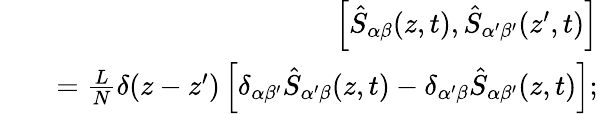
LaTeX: \begin{array}{rlr}&{}&{\left[\hat{S}_{\alpha\beta}(z,t),\hat{S}_{\alpha^{\prime}\beta^{\prime}}(z^{\prime},t)\right]}\\ &{}&{=\frac{L}{N}\delta(z-z^{\prime})\left[\delta_{\alpha\beta^{\prime}}\hat{S}_{\alpha^{\prime}\beta}(z,t)-\delta_{\alpha^{\prime}\beta}\hat{S}_{\alpha\beta^{\prime}}(z,t)\right];}\end{array}